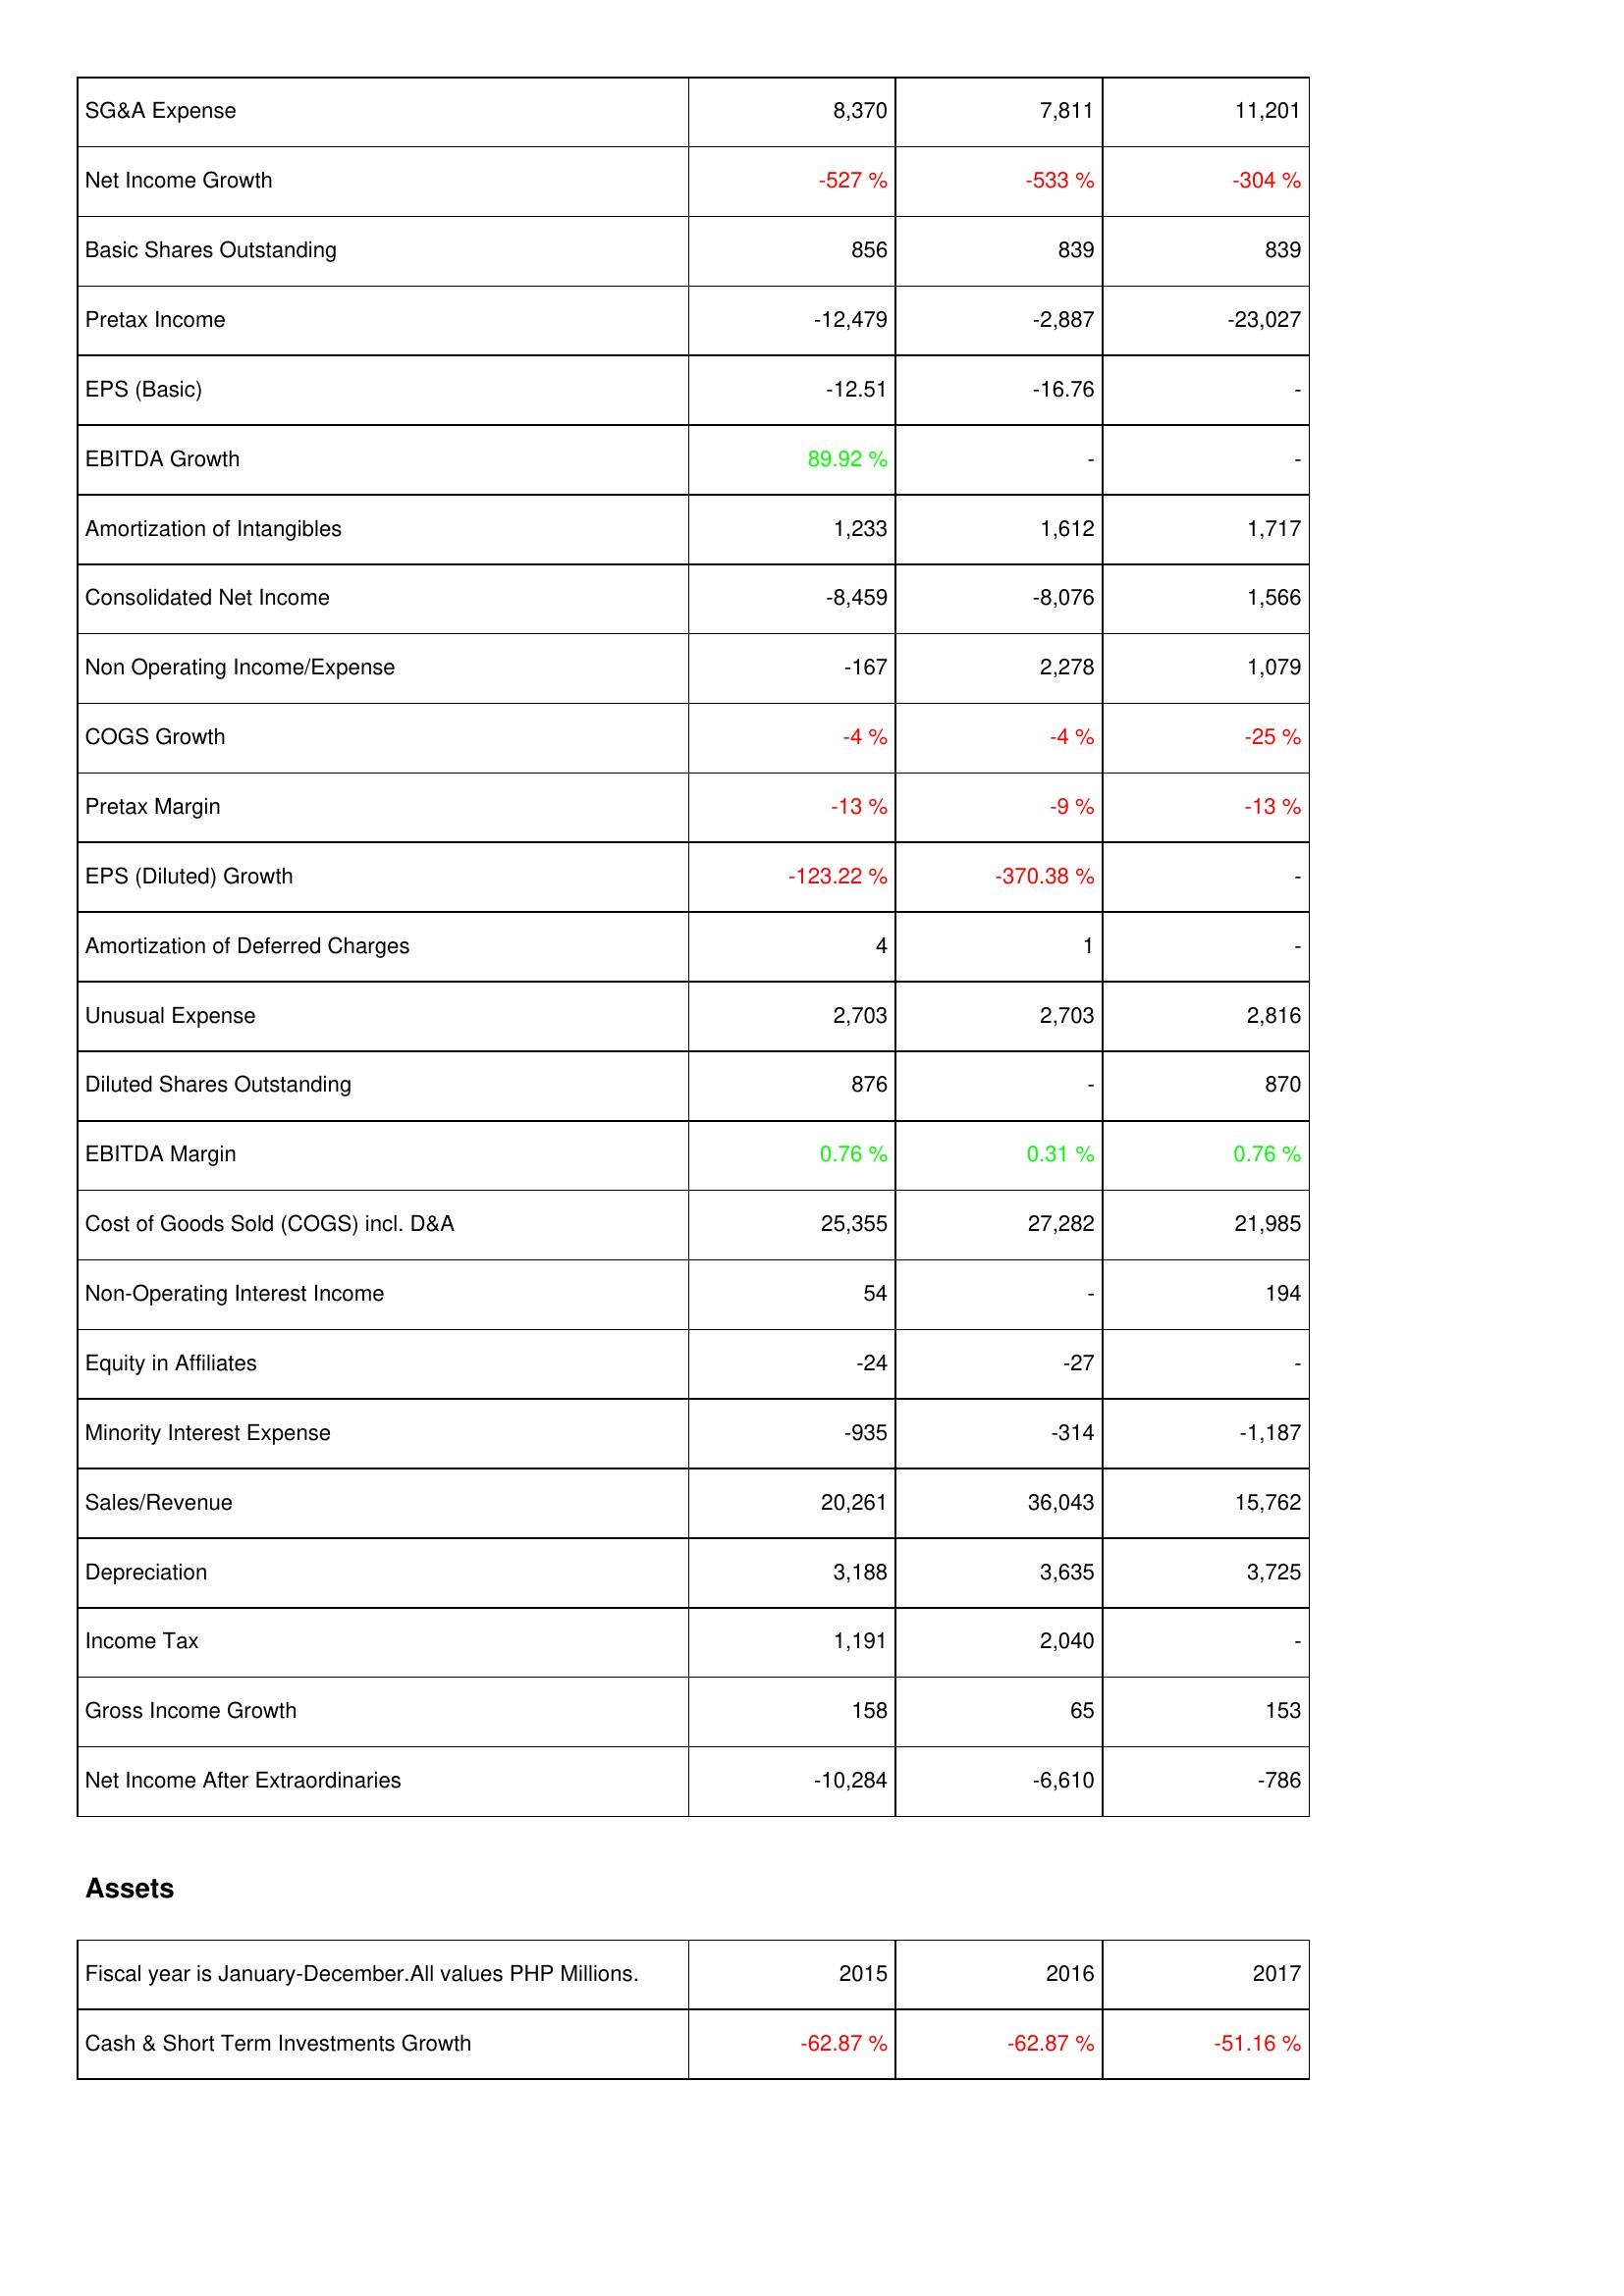
2015: Income Statement: SG&A Expense: 8,370
Net Income Growth: -527 %
Basic Shares Outstanding: 856
Pretax Income: -12,479
EPS (Basic): -12.51
EBITDA Growth: 89.92 %
Amortization of Intangibles: 1,233
Consolidated Net Income: -8,459
Non Operating Income/Expense: -167
COGS Growth: -4 %
Pretax Margin: -13 %
EPS (Diluted) Growth: -123.22 %
Amortization of Deferred Charges: 4
Unusual Expense: 2,703
Diluted Shares Outstanding: 876
EBITDA Margin: 0.76 %
Cost of Goods Sold (COGS) incl. D&A: 25,355
Non-Operating Interest Income: 54
Equity in Affiliates: -24
Minority Interest Expense: -935
Sales/Revenue: 20,261
Depreciation: 3,188
Income Tax: 1,191
Gross Income Growth: 158
Net Income After Extraordinaries: -10,284
Assets: Cash & Short Term Investments Growth: -62.87 %
2016: Income Statement: SG&A Expense: 7,811
Net Income Growth: -533 %
Basic Shares Outstanding: 839
Pretax Income: -2,887
EPS (Basic): -16.76
EBITDA Growth: -
Amortization of Intangibles: 1,612
Consolidated Net Income: -8,076
Non Operating Income/Expense: 2,278
COGS Growth: -4 %
Pretax Margin: -9 %
EPS (Diluted) Growth: -370.38 %
Amortization of Deferred Charges: 1
Unusual Expense: 2,703
Diluted Shares Outstanding: -
EBITDA Margin: 0.31 %
Cost of Goods Sold (COGS) incl. D&A: 27,282
Non-Operating Interest Income: -
Equity in Affiliates: -27
Minority Interest Expense: -314
Sales/Revenue: 36,043
Depreciation: 3,635
Income Tax: 2,040
Gross Income Growth: 65
Net Income After Extraordinaries: -6,610
Assets: Cash & Short Term Investments Growth: -62.87 %
2017: Income Statement: SG&A Expense: 11,201
Net Income Growth: -304 %
Basic Shares Outstanding: 839
Pretax Income: -23,027
EPS (Basic): -
EBITDA Growth: -
Amortization of Intangibles: 1,717
Consolidated Net Income: 1,566
Non Operating Income/Expense: 1,079
COGS Growth: -25 %
Pretax Margin: -13 %
EPS (Diluted) Growth: -
Amortization of Deferred Charges: -
Unusual Expense: 2,816
Diluted Shares Outstanding: 870
EBITDA Margin: 0.76 %
Cost of Goods Sold (COGS) incl. D&A: 21,985
Non-Operating Interest Income: 194
Equity in Affiliates: -
Minority Interest Expense: -1,187
Sales/Revenue: 15,762
Depreciation: 3,725
Income Tax: -
Gross Income Growth: 153
Net Income After Extraordinaries: -786
Assets: Cash & Short Term Investments Growth: -51.16 %